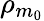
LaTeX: \rho_{m_{0}}